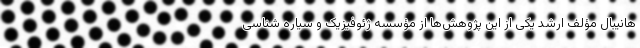
هانیبال مؤلف ارشد یکی از این پژوهش‌ها از مؤسسه ژئوفیزیک و سیاره شناسی